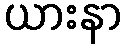
ယားနာ